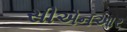
સીએનઆર